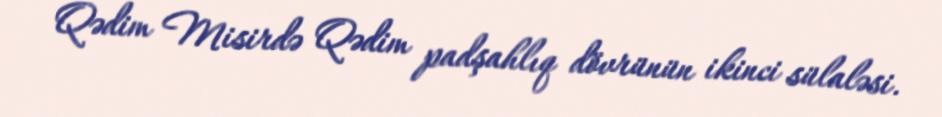
Qədim Misirdə Qədim padşahlıq dövrünün ikinci sülaləsi.